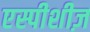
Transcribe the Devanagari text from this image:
एस्पीशीज़